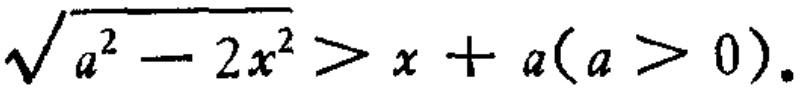
\(\sqrt{a^{2}-2x^{2}}>x + a(a > 0)\)